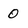
Character: 0